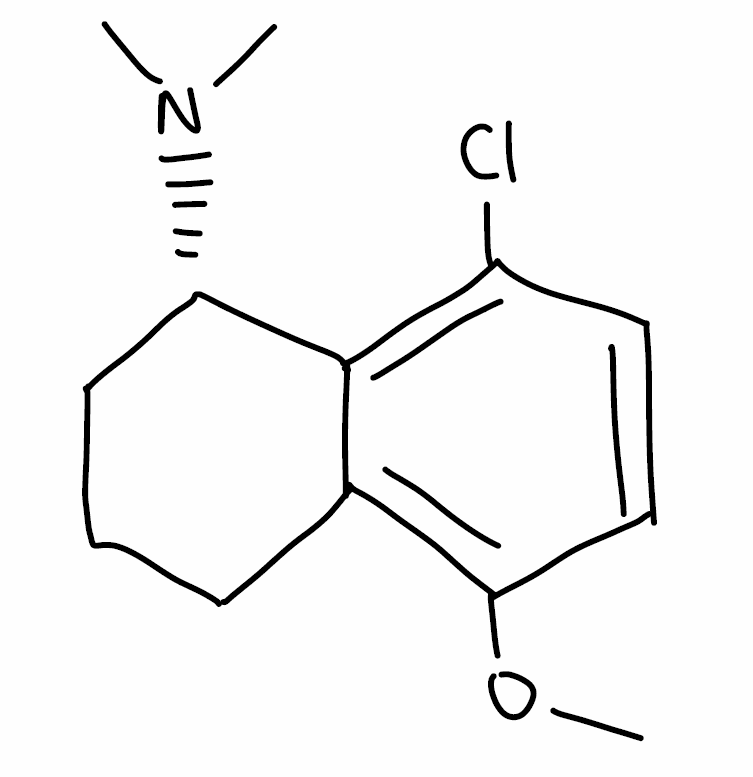
Simplified molecular-input line-entry system (SMILES) notation of the given molecule:
CN(C)[C@H]1CCCC2=C(C=CC(=C12)Cl)OC